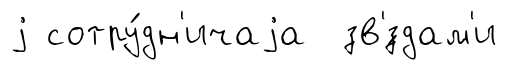
j сотру́дн'ичаjа зв'́здам'и